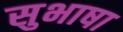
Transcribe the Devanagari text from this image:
सुभाषा